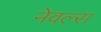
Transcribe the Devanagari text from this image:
नेवल्स